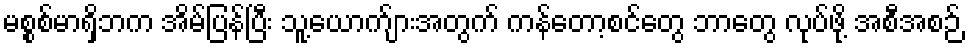
မစ္စစ်မာရှိဘက အိမ်ပြန်ပြီး သူ့ယောက်ျားအတွက် ကန်တော့စင်တွေ ဘာတွေ လုပ်ဖို့ အစီအစဉ်